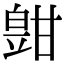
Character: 𤾑